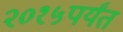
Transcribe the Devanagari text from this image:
२०१५पर्यंत